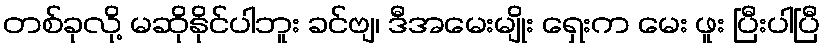
တစ်ခုလို့ မဆိုနိုင်ပါဘူး ခင်ဗျ၊ ဒီအမေးမျိုး ရှေးက မေး ဖူး ပြီးပါပြီ